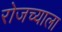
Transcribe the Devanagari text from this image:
रोजच्याला